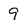
Character: 9